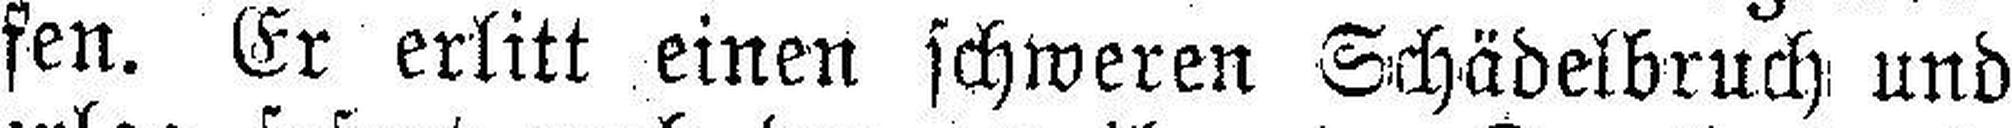
fen. Er erlitt einen schweren Schädelbruch und